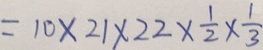
= 1 0 \times 2 1 \times 2 2 \times \frac { 1 } { 2 } \times \frac { 1 } { 3 }